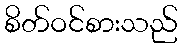
စိတ်ဝင်စားသည်